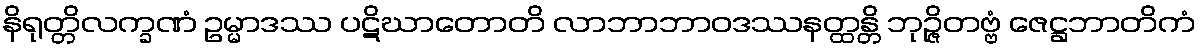
နိရုတ္တိလက္ခဏံ ဥမ္မာဒဿ ပဋိဃာတောတိ လာဘာဘာဝဒဿနတ္ထန္တိ ဘုဉ္ဇိတဗ္ဗံ ဇေဋ္ဌဘာတိကံ